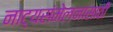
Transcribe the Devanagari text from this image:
नाट्यसंमेलनासाठी